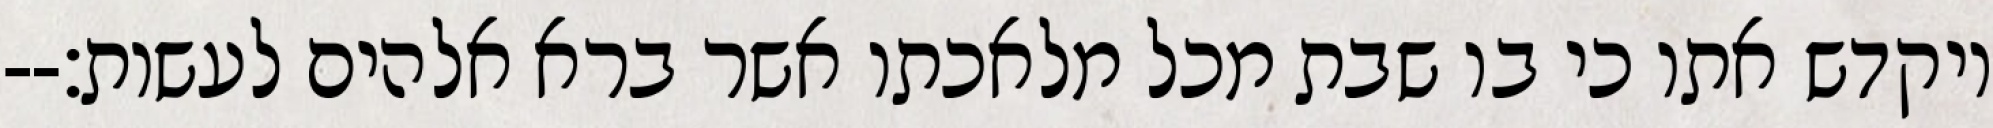
ויקדש אתו כי בו שבת מכל מלאכתו אשר ברא אלהים לעשות׃--